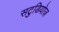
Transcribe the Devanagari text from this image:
सटुडियोज़